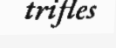
trifles